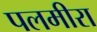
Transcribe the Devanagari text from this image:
पलमीरा